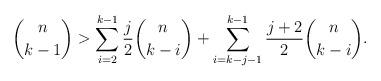
LaTeX: \begin{align*}\binom{n}{k-1}>\sum_{i=2}^{k-1}\frac{j}{2}\binom{n}{k-i}+\sum_{i=k-j-1}^{k-1}\frac{j+2}{2}\binom{n}{k-i}.\end{align*}